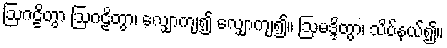
ဩဂဠိတွာ ဩဂဠိတွာ၊ လျှောကျ၍ လျှောကျ၍။ ဩမဒ္ဒိတွာ၊ သိပ်နယ်၍။